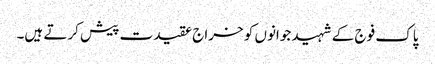
پاک فوج کے شہید جوانوں کو خراج عقیدت پیش کرتے ہیں۔